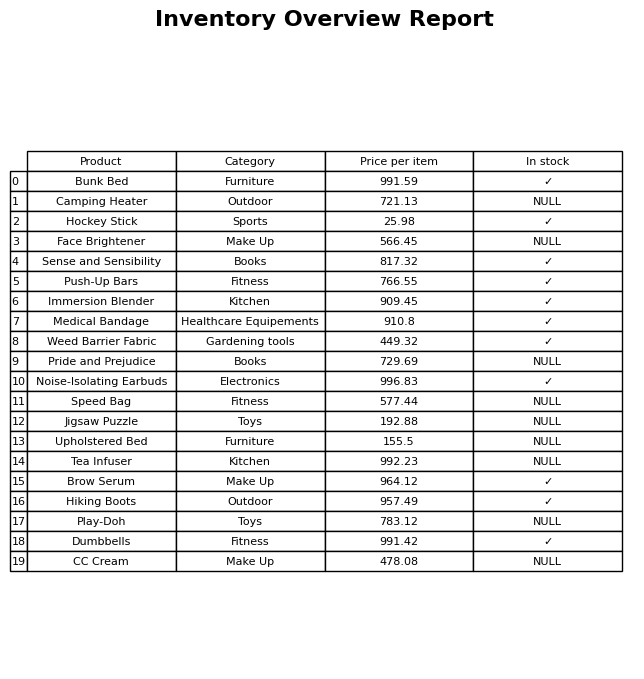
question: What is the price for Jigsaw Puzzle?
answer: The price of Jigsaw Puzzle is 192.88.